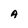
Character: A